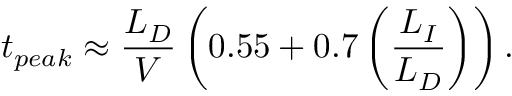
t _ { p e a k } \approx \frac { L _ { D } } { V } \left( 0 . 5 5 + 0 . 7 \left( \frac { L _ { I } } { L _ { D } } \right) \right) .